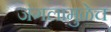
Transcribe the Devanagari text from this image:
जंगलांमुळेच